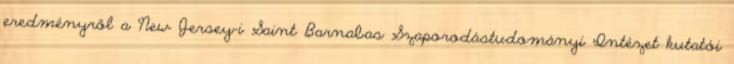
eredményről a New Jersey-i Saint Barnabas Szaporodástudományi Intézet kutatói